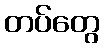
တပ်တွေ